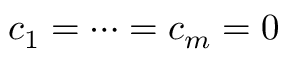
c _ { 1 } = \cdots = c _ { m } = 0